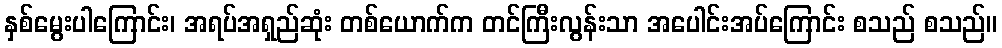
နှစ်မွေးပါကြောင်း၊ အရပ်အရှည်ဆုံး တစ်ယောက်က တင်ကြီးလွန်းသာ အပေါင်းအပ်ကြောင်း စသည် စသည်။